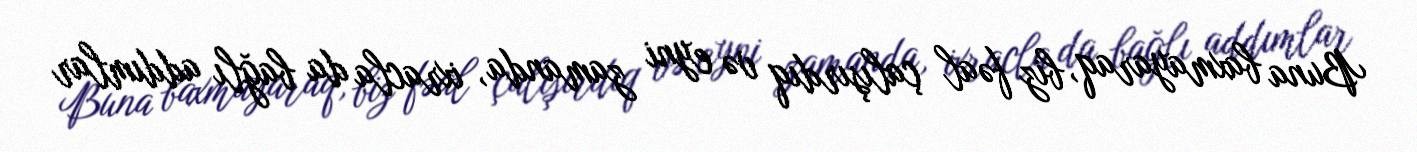
Buna baxmayaraq, biz fəal çalışırdıq və eyni zamanda, ixracla da bağlı addımlar